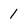
Character: 1